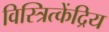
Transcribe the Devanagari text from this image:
विस्त्रित्केंद्रिय